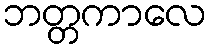
ဘတ္တကာလေ